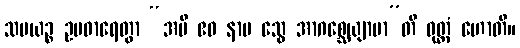
သမယဉ္စ ဥပဓာရေတွာ “အပိ ဧဝ နာမ သွေ အာဂစ္ဆေယျာမာ”တိ ဝုတ္တံ ဟောတိ။